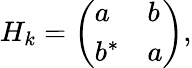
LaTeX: H_{k}=\left(\begin{array}{ll}{a}&{b}\\ {b^{*}}&{a}\end{array}\right),